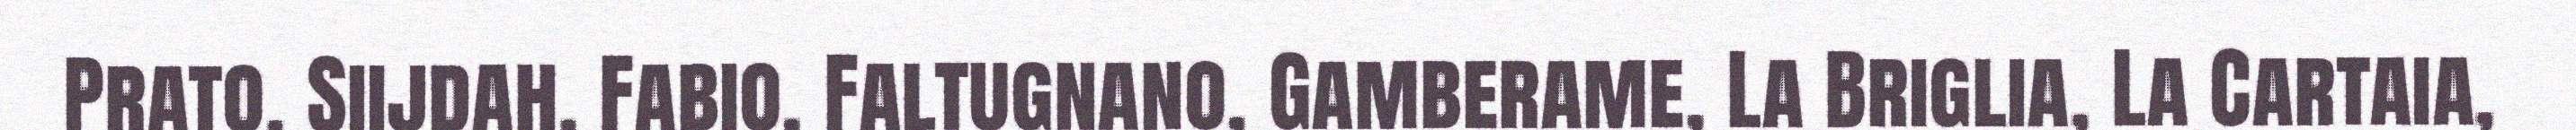
Prato. Siijdah. Fabio, Faltugnano, Gamberame, La Briglia, La Cartaia,